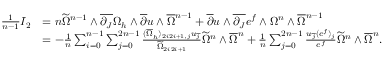
\begin{array} { r l } { \frac { 1 } { n - 1 } I _ { 2 } } & { = n \widetilde { \Omega } ^ { n - 1 } \wedge \overline { { \partial _ { J } } } \Omega _ { h } \wedge \overline { { \partial } } u \wedge \overline { { \Omega } } { \mathstrut } ^ { n - 1 } + \overline { { \partial } } u \wedge \overline { { \partial _ { J } } } e ^ { f } \wedge \Omega ^ { n } \wedge \overline { { \Omega } } { \mathstrut } ^ { n - 1 } } \\ & { = - \frac { 1 } { n } \sum _ { i = 0 } ^ { n - 1 } \sum _ { j = 0 } ^ { 2 n - 1 } \frac { ( \overline { { \Omega } } { \mathstrut } _ { h } ) _ { 2 i 2 i + 1 , j } u _ { \overline { { j } } } } { \widetilde { \Omega } _ { 2 i 2 i + 1 } } \widetilde { \Omega } ^ { n } \wedge \overline { { \Omega } } { \mathstrut } ^ { n } + \frac { 1 } { n } \sum _ { j = 0 } ^ { 2 n - 1 } \frac { u _ { \overline { { j } } } ( e ^ { f } ) _ { j } } { e ^ { f } } \widetilde { \Omega } ^ { n } \wedge \overline { { \Omega } } { \mathstrut } ^ { n } . } \end{array}